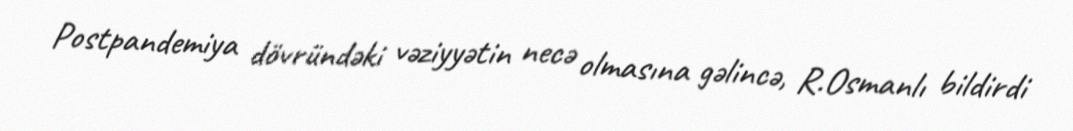
Postpandemiya dövründəki vəziyyətin necə olmasına gəlincə, R.Osmanlı bildirdi